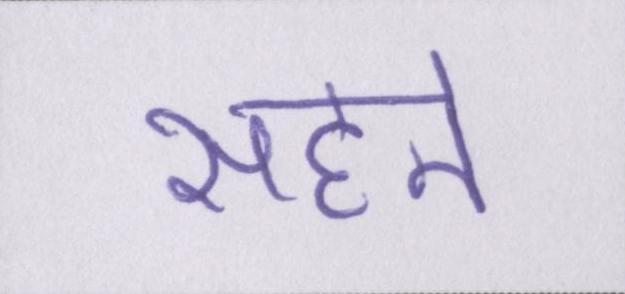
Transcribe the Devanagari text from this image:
सहने